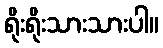
ရိုးရိုးသားသားပါ။